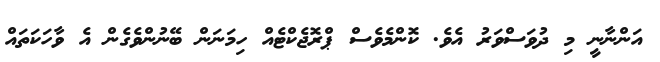
އަންނާނީ މި ދުވަސްވަރު އެވެ. ކޮންމެވެސް ޕްރޮޖެކްޓެއް ހިމަނަން ބޭނުންވެގެން އެ ވާހަކަތައް